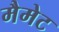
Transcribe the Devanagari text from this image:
मैमेट